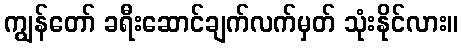
ကျွန်တော် ခရီးဆောင်ချက်လက်မှတ် သုံးနိုင်လား။